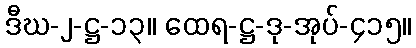
ဒီဃ-၂-ဋ္ဌ-၁၃။ ထေရ-ဋ္ဌ-ဒု-အုပ်-၄၁၅။